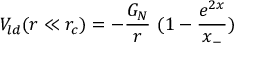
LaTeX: V _ { l d } ( r \ll r _ { c } ) = - \frac { G _ { N } } { r } ~ ( 1 - \frac { e ^ { 2 x } } { x _ { - } } )